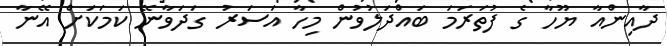
ދާއިންއާ ޔޫހާ ގެ ފުތަރަމަ ބައްދަލުވުން މިހާ އަސަރު ގަދަވާނޭ ކަމަކަށް އޭނާ